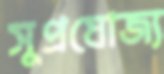
সুপ্রযোজ্য